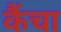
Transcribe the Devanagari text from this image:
कैंचा